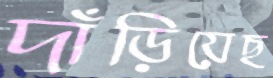
দাঁড়িয়েছ